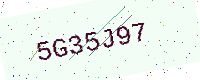
Text: 5G35J97